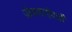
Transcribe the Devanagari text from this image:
जेवणाऐवजी